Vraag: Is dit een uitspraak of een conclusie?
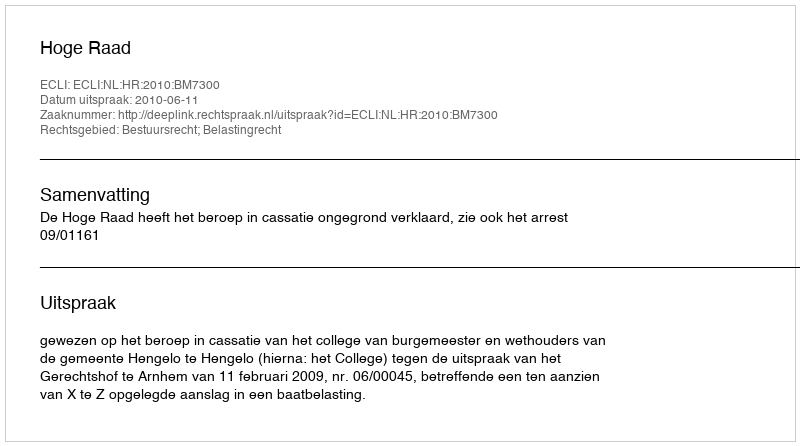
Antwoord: Uitspraak